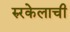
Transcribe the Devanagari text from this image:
रुरकेलाची